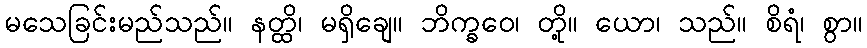
မသေခြင်းမည်သည်။ နတ္ထိ၊ မရှိချေ။ ဘိက္ခဝေ၊ တို့။ ယော၊ သည်။ စိရံ၊ စွာ။